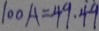
1 0 0 A = 4 9 . 4 9